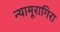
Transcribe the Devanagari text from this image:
न्यामूरागिरा